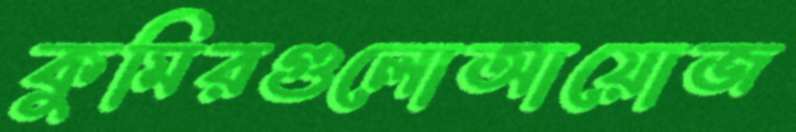
কুমিরগুলোআয়োজ